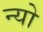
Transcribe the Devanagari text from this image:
न्यो